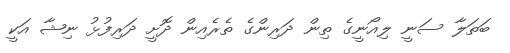
ބަތަލާ ސަނީ ލިއޯނީގެ ތިން ދަރިންގެ ތެރެއިން ދޮށީ ދަރިފުޅު ނިޝާ އަކީ